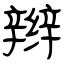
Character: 辫